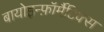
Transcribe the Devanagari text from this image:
बायोइन्फ़ॉर्मैटिक्स